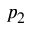
p _ { 2 }